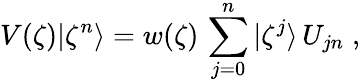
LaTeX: V(\zeta)|\zeta^{n}\rangle=w(\zeta)\, \sum_{j=0}^{n}|\zeta^{j}\rangle\, U_{jn}\; ,